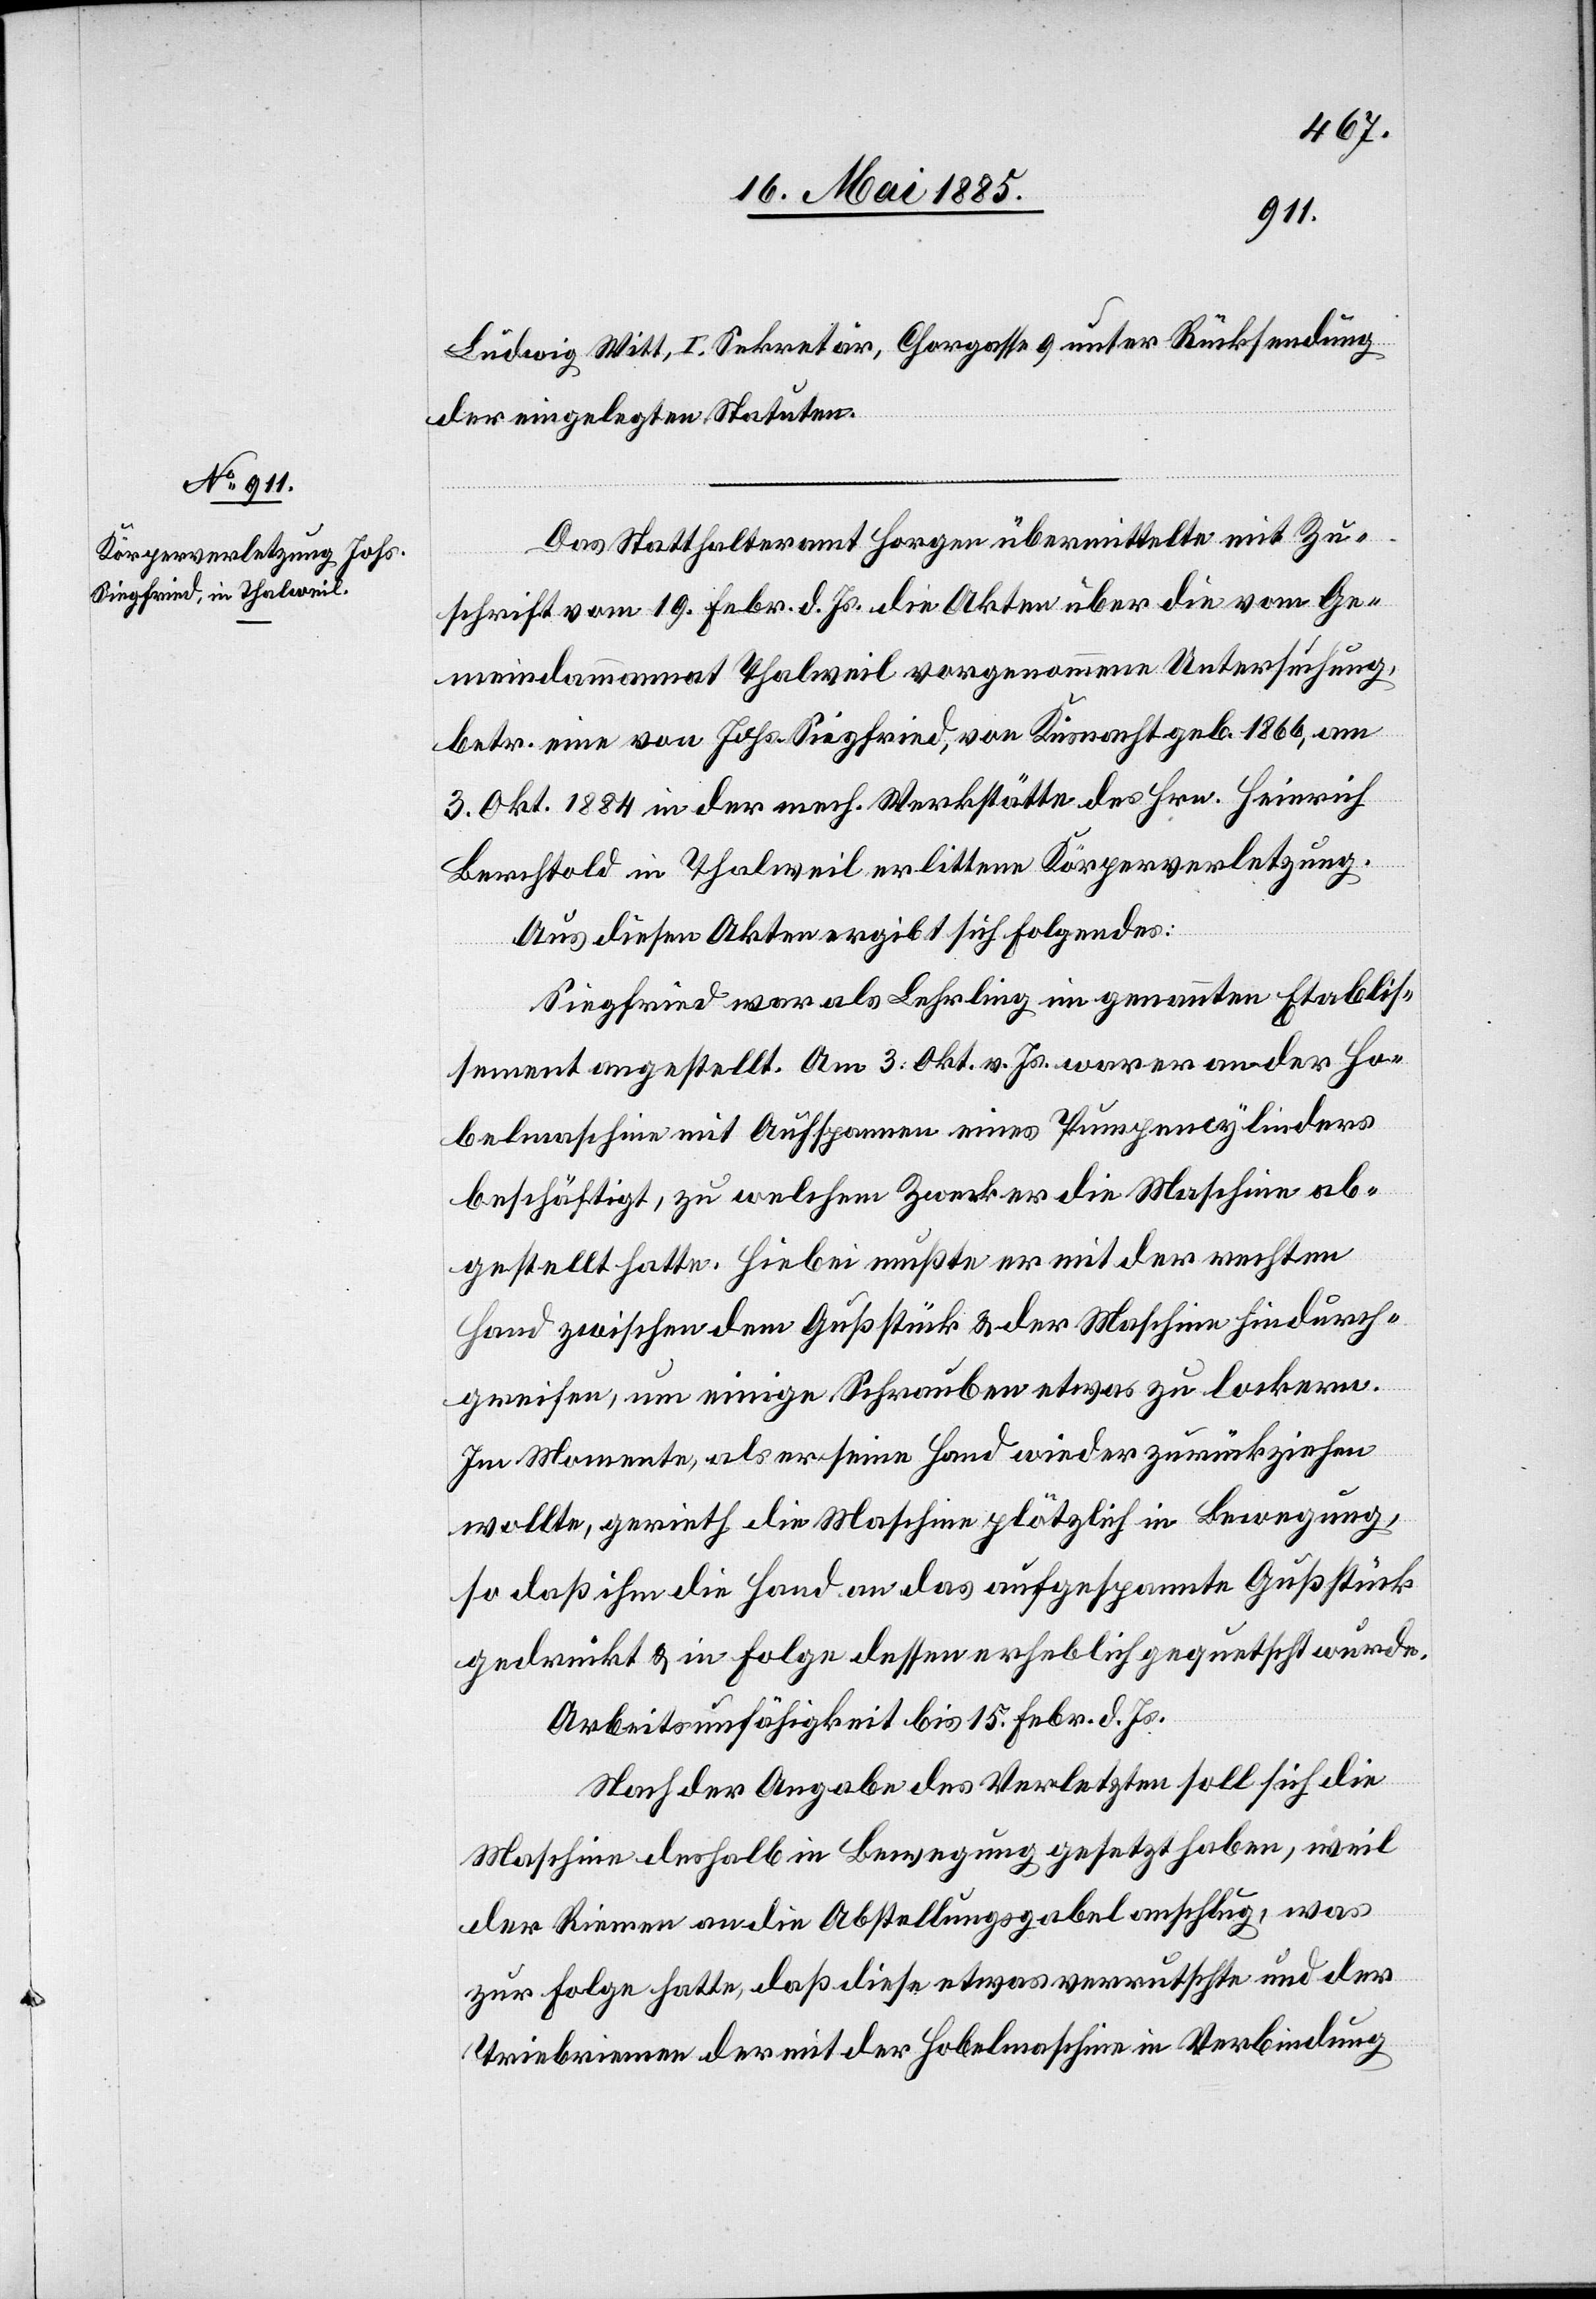
Ludwig Witt, I. Sekretär, Chorgasse 9 unter Rücksendung
der eingelegten Statuten.
Das Statthalteramt Horgen übermittelte mit Zu¬
schrift vom 19. Febr. d. Js. die Akten über die vom Ge¬
meindammanna[m]t Thalweil vorgenommene Untersuchung,
betr. eine von Johs. Siegfried, von Küsnacht geb. 1866, am
3. Okt. 1884 in der mech. Werkstätte des Hrn. Heinrich
Berchtold in Thalweil erlittene Körperverletzung.
Aus diesen Akten ergibt sich folgendes:
Siegfried war als Lehrling im genannten Etablis¬
sement angestellt. Am 3. Okt. v. Js. war er an der Ho¬
belmaschine mit Aufspannen eines Pumpencylinders
beschäftigt, zu welchem Zweck er die Maschine ab¬
gestellt hatte. Hiebei mußte er mit der rechten
Hand zwischen dem Gußstück & der Maschine hindurch¬
greifen, um einige Schrauben etwas zu lockern.
Im Momente, als er seine Hand wieder zurückziehen
wollte, gerieth die Maschine plötzlich in Bewegung,
so daß ihm die Hand an das aufgespannte Gußstück
gedrückt & in Folge dessen erheblich gequetscht wurde.
Arbeitsunfähigkeit bis 15. Febr. d. Js.
Nach der Angabe des Verletzten soll sich die
Maschine deshalb in Bewegung gesetzt haben, weil
der Riemen an die Abstellungsgabel anschlug, was
zur Folge hatte, das diese etwas verrutschte und der
Triebriemen der mit der Hobelmaschine in Verbindung